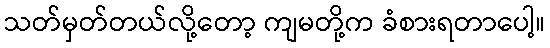
သတ်မှတ်တယ်လို့တော့ ကျမတို့က ခံစားရတာပေါ့။